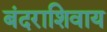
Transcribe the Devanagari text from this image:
बंदराशिवाय